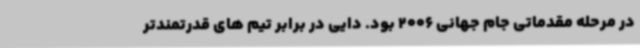
در مرحله مقدماتی جام جهانی 2006 بود. دایی در برابر تیم های قدرتمندتر